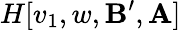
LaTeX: H[v_{1},w,\mathbf{B}^{\prime},\mathbf{A}]